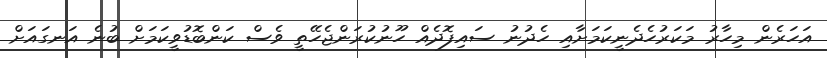
އަހަރެން މިހާރު މަކަރުހެދެނީކަމަށާއި ހެދުނު ސައިފޮދެއް ހޫނުކުރަންޖެހޭތީ ވެސް ކަންބޮޑުވީކަމަށް ބުނެ އަނގައަށް